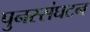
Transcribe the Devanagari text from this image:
पुनस्संघटन